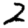
Digit: 2